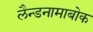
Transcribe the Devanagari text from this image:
लैन्डनामाबोक